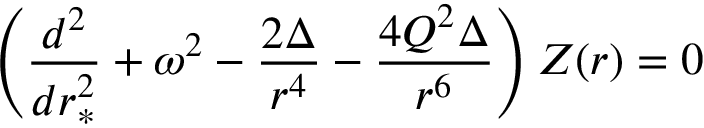
\left( { \frac { d ^ { 2 } } { d r _ { * } ^ { 2 } } } + \omega ^ { 2 } - { \frac { 2 \Delta } { r ^ { 4 } } } - { \frac { 4 Q ^ { 2 } \Delta } { r ^ { 6 } } } \right) Z ( r ) = 0